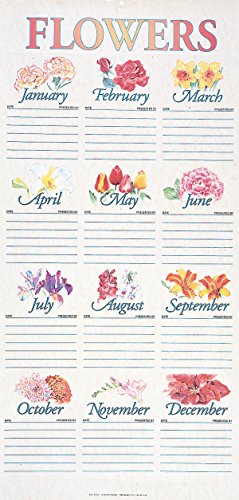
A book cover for Traditional Flower Chart in Tube; Christian Books & Bibles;